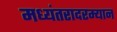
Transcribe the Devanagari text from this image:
मध्यंतरादरम्यान